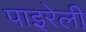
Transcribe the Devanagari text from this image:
पाइरेली